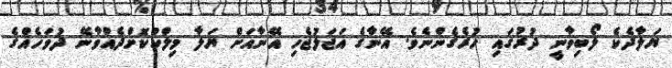
ޔަލާދެކެ ލޯބިވާނީ ދުރުގައި ހުރެގެންނެވެ. އޭނާގެ އަޖަލުޖެހި އޭނާއަށް ޔަލާ މިލްކުކޮށްދެއްވާނޭ ދުވަހެއްގެ